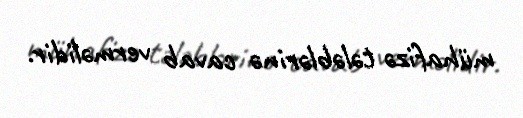
mühafizə tələblərinə cavab verməlidir.